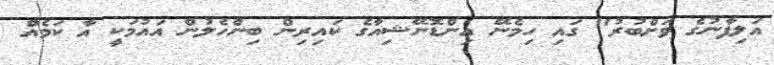
އަލިފާނުގެ ވަށްބުރު" ގައި ހިމެނޭ އިންޑޮނޭޝިއާގެ ކައިރިން ބިންހެލުން އައުމަކީ އާ ކަމެއް